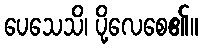
ပေသေသိ၊ ပို့လေစေ၏။